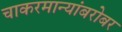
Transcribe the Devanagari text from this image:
चाकरमान्यांबरोबर